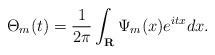
LaTeX: \begin{align*} \Theta_m(t)=\frac{1}{2\pi}\int_{\mathbf{R}}\Psi_m(x)e^{itx}dx.\end{align*}